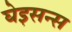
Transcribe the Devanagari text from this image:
घेइसन्स